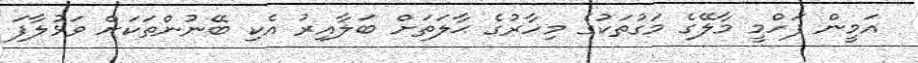
އަމީން ފަހްމީ މާލޭގެ މަގުތަކުގެ މިހާރުގެ ޙާލަތަށް ބަލާއިރު އެކި ބޭނުންތަކަށް ވަޅުލާފަ